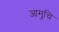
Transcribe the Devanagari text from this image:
आमुचि